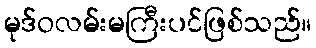
မုဒ်ဝလမ်းမကြီးပင်ဖြစ်သည်။